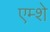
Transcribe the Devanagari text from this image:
एम्शे